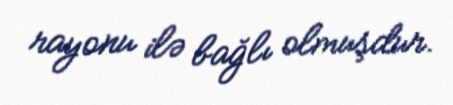
rayonu ilə bağlı olmuşdur.